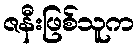
ဇနီးဖြစ်သူက